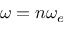
\omega = n \omega _ { e }